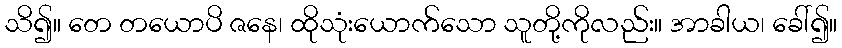
သိ၍။ တေ တယောပိ ဇနေ၊ ထိုသုံးယောက်သော သူတို့ကိုလည်း။ အာခါယ၊ ခေါ်၍။